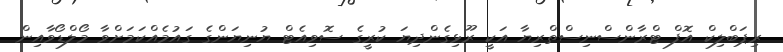
ރިޕަބްލިކް އޮފް ޓްރާންސްނިސްތްރިޔާ އަކީ ރޫޅިގެންދިޔަ ކުރީގެ ސޮވިއެޓް ޔުނިޔަންގެ ގައުމެއްކަމަށްވާ މޯލްޑޯވާއިން